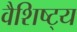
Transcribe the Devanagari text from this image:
वैशिष्ट्‍य